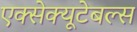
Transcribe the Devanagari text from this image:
एक्सेक्यूटेबल्स